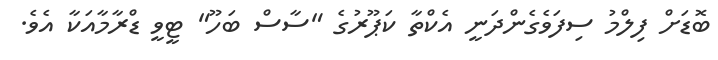
ބޮޑަށް ފިލްމު ސިފަވެގެންދަނީ އެކްތާ ކަޕޫރުގެ "ސާސް ބަހޫ" ޓީވީ ޑްރާމާއަކާ އެވެ.